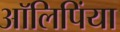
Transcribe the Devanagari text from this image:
आॅलिपिंया